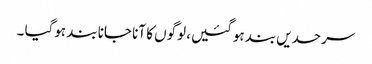
سرحدیں بند ہوگئیں، لوگوں کا آنا جانا بند ہوگیا ۔